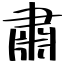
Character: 肅